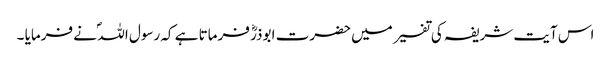
اس آیت شریفہ کی تفسیر میں حضرت ابوذرؓ فرماتا ہے کہ رسول اللہ ؐ نے فرمایا ۔